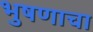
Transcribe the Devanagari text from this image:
भुषणाचा